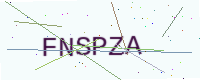
Text: FNSPZA